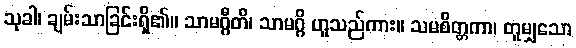
သုခါ၊ ချမ်းသာခြင်းရှိ၏။ သာမဂ္ဂီတိ၊ သာမဂ္ဂိ ဟူသည်ကား။ သမစိတ္တကာ၊ တူမျှသော